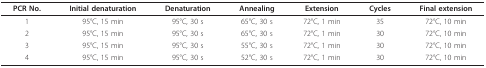
<table><thead><tr><td><b>PCR No.</b></td><td><b>Initial denaturation</b></td><td><b>Denaturation</b></td><td><b>Annealing</b></td><td><b>Extension</b></td><td><b>Cycles</b></td><td><b>Final extension</b></td></tr></thead><tbody><tr><td>1</td><td>95°C, 15 min</td><td>95°C, 30 s</td><td>65°C, 30 s</td><td>72°C, 1 min</td><td>35</td><td>72°C, 10 min</td></tr><tr><td>2</td><td>95°C, 15 min</td><td>95°C, 30 s</td><td>65°C, 30 s</td><td>72°C, 1 min</td><td>30</td><td>72°C, 10 min</td></tr><tr><td>3</td><td>95°C, 15 min</td><td>95°C, 30 s</td><td>55°C, 30 s</td><td>72°C, 1 min</td><td>30</td><td>72°C, 10 min</td></tr><tr><td>4</td><td>95°C, 15 min</td><td>95°C, 30 s</td><td>52°C, 30 s</td><td>72°C, 1 min</td><td>30</td><td>72°C, 10 min</td></tr></tbody></table>